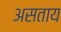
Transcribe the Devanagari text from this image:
असताय